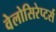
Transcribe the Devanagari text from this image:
वेलोसिरेप्टर्स